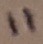
Text: 11